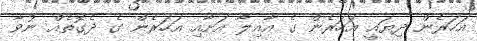
އަހަރެން ދިޔައީ އަހަރެން ގެ އާއިލާ އަށާއި އަހަރެން ގެ ދެގޮތެއް ނުވާ